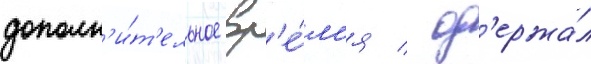
дополн'и́т'ельное вр'е́м'я / од'ержа́л